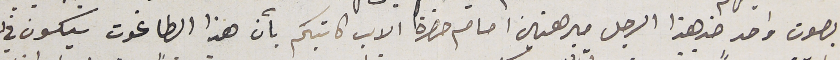
بصوت واحد ضد هذا الرجل مبرهنين امام حضرة الاب كاتبكم بأن هذا الطاغوت سيكون في